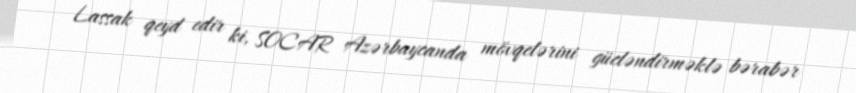
Lassak qeyd edir ki, SOCAR Azərbaycanda mövqelərini gücləndirməklə bərabər